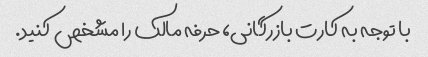
با توجه به کارت بازرگانی، حرفه مالک را مشخص کنید.